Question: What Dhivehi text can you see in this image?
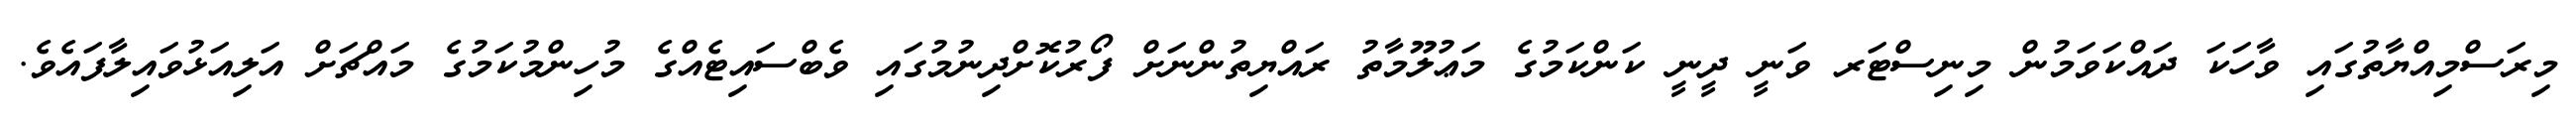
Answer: މިރަސްމިއްޔާތުގައި ވާހަކަ ދައްކަވަމުން މިނިސްޓަރ ވަނީ ދީނީ ކަންކަމުގެ މަޢުލޫމާތު ރައްޔިތުންނަށް ފޯރުކޮށްދިނުމުގައި ވެބްސައިޓެއްގެ މުހިންމުކަމުގެ މައްޗަށް އަލިއަޅުވައިލާފައެވެ.